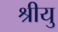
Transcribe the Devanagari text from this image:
श्रीयु